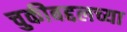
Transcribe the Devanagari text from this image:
चुकीबद्दलच्या